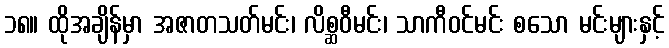
၁၈။ ထိုအချိန်မှာ အဇာတသတ်မင်း၊ လိစ္ဆဝီမင်း၊ သာကီဝင်မင်း စသော မင်းများနှင့်